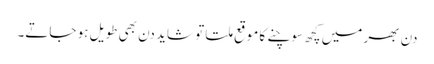
دن بھر میں کچھ سوچنے کا موقع ملتا تو شاید دن بھی طویل ہو جاتے۔